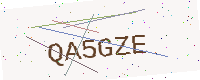
Text: QA5GZE